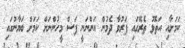
ކަމަށާއި އަތޮޅު ތެރޭގައި ފަރުވާ ދެމުން އަންނަނީ ފަސް މީހުންނަށް ކަމަށް ބަޔާނުގައި